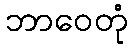
ဘာဝေတုံ